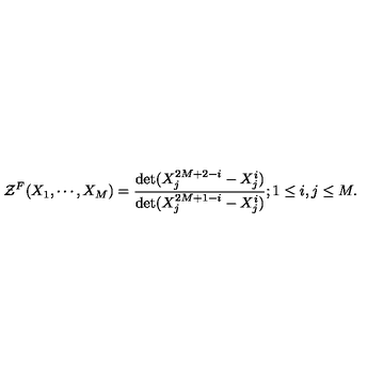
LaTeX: { \cal { Z } } ^ { F } ( X _ { 1 } , \cdots , X _ { M } ) = { \frac { \det ( X _ { j } ^ { 2 M + 2 - i } - X _ { j } ^ { i } ) } { \det ( X _ { j } ^ { 2 M + 1 - i } - X _ { j } ^ { i } ) } } ; 1 \le i , j \le M .